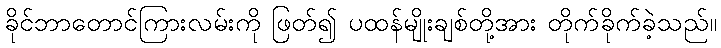
ခိုင်ဘာတောင်ကြားလမ်းကို ဖြတ်၍ ပထန်မျိုးချစ်တို့အား တိုက်ခိုက်ခဲ့သည်။